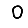
Digit: 0